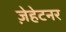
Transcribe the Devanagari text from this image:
ज़ेहेटनर